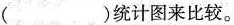
（）统计图来比较。